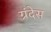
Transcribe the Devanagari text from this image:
ग्रंदेस